Annual administration report of the Civil Veterinary Department of India - 1893-1894
Year: 1893
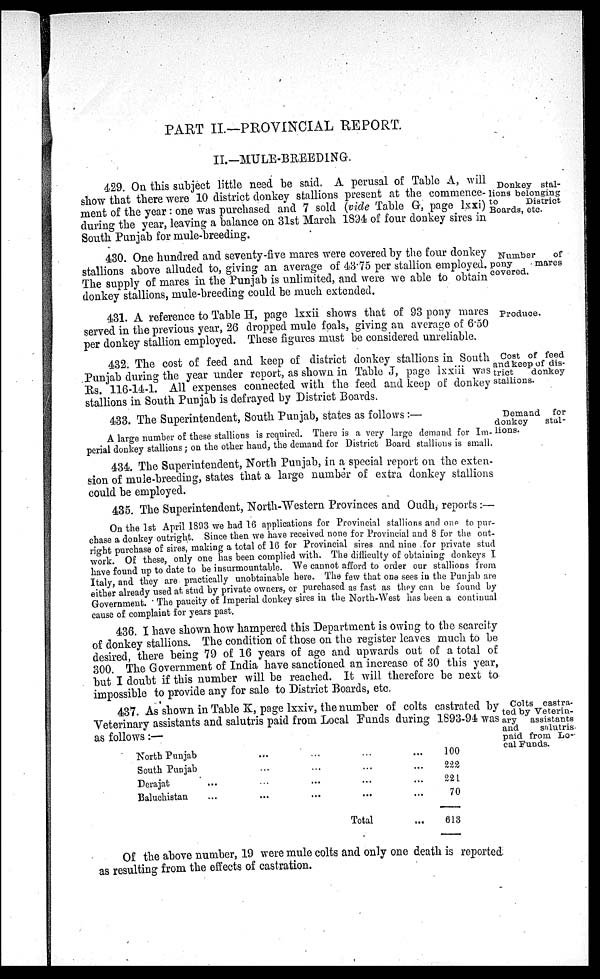
PART II.—PROVINCIAL REPORT.
II.—MULE-BREEDING.
Donkey stal-
lions belonging
to
District
Boards, etc.
429. On this subject little need be said. A perusal of Table A, will
show that there were 10 district donkey stallions present at the commence-
ment of the year : one was purchased and 7 sold (vide Table G, page lxxi)
during the year, leaving a balance on 31st March 1894 of four donkey sires in
South Punjab for mule-breeding.
Number
of
pony
mares
covered.
430. One hundred and seventy-five mares were covered by the four donkey
stallions above alluded to, giving an average of 43.75 per stallion employed.
The supply of mares in the Punjab is unlimited, and were we able to obtain
donkey stallions, mule-breeding could be much extended.
Produce.
431. A reference to Table H, page lxxii shows that of 93 pony mares
served in the previous year, 26 dropped mule foals giving an average of 6.50
per donkey stallion employed. These figures must be considered unreliable.
Cost of feed
and keep of dis-
trict
donkey
stallions.
432. The cost of feed and keep of district donkey stallions in South
Punjab during the year under report, as shown in Table J, page lxxiii was
Rs. 116-14-1. All expenses connected with the feed and keep of donkey
stallions in South Punjab is defrayed by District Boards.
Demand for
donkey
stal-
lions.
433. The Superintendent, South Punjab, states as follows :—
A large number of these stallions is required. There is a very large demand for Im-
perial donkey stallions; on the other hand, the demand for District Board stallions is small.
434. The Superintendent, North Punjab, in a special report on the exten-
sion of mule-breeding, states that a large number of extra donkey stallions
could be employed.
435. The Superintendent, North-Western Provinces and Oudh, reports :—
On the 1st April 1893 we had 16 applications for Provincial stallions and one to pur-
chase a donkey outright. Since then we have received none for Provincial and 8 for the out-
right purchase of sires, making a total of 16 for Provincial sires and nine for private stud
work Of these only one has been complied with. The difficulty of obtaining donkeys I
have found up to date to be insurmountable. We cannot afford to order our stallions from
Italy, and they are practically unobtainable here. The few that one sees in the Punjab are
either already used at stud by private owners, or purchased as fast as they can be found by
Government. The paucity of Imperial donkey sires in the North-West has been a continual
cause of complaint for years past.
436. I have shown how hampered this Department is owing to the scarcity
of donkey stallions. The condition of those on the register leaves much to be
desired there being 79 of 16 years of age and upwards out of a total of
300. The Government of India have sanctioned an increase of 30 this year,
but I doubt if this number will be reached. It will therefore be next to
impossible to provide any for sale to District Boards, etc.
Colts castra-
ted by Veterin-
ary assistants
and
salutris
paid from Lo-
cal Funds.
437. As shown in Table K, page lxxiv, the number of colts castrated by
Veterinary assistants and salutris paid from Local Funds during 1893-94 was
as follows:—
North Punjab
...
...
...
...
South Punjab
...
...
...
...
Derajat
...
...
...
...
...
Baluchistan
...
...
...
...
...
Total
...
100
222
221
70
613
Of the above number, 19 were mule colts and only one death is reported
as resulting from the effects of castration.